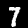
Label: 7